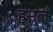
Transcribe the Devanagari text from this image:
हसलं